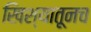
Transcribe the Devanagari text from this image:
खिश्यातूनच